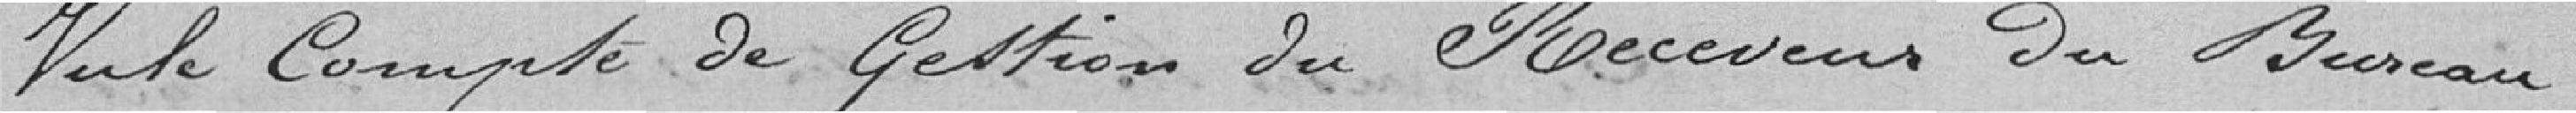
Vu le Compte de gestion du Receveur du Bureau